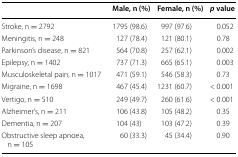
<table><thead><tr><td></td><td><b>Male, n (%)</b></td><td><b>Female, n (%)</b></td><td><b><i>p</i> value</b></td></tr></thead><tbody><tr><td>Stroke, n = 2792</td><td>1795 (98.6)</td><td>997 (97.6)</td><td>0.052</td></tr><tr><td>Meningitis, n = 248</td><td>127 (78.4)</td><td>121 (80.1)</td><td>0.78</td></tr><tr><td>Parkinson’s disease, n = 821</td><td>564 (70.8)</td><td>257 (62.1)</td><td>0.002</td></tr><tr><td>Epilepsy, n = 1402</td><td>737 (71.3)</td><td>665 (65.1)</td><td>0.003</td></tr><tr><td>Musculoskeletal pain, n = 1017</td><td>471 (59.1)</td><td>546 (58.3)</td><td>0.73</td></tr><tr><td>Migraine, n = 1698</td><td>467 (45.4)</td><td>1231 (60.7)</td><td>&lt; 0.001</td></tr><tr><td>Vertigo, n = 510</td><td>249 (49.7)</td><td>260 (61.6)</td><td>&lt; 0.001</td></tr><tr><td>Alzheimer’s, n = 211</td><td>106 (43.8)</td><td>105 (48.2)</td><td>0.35</td></tr><tr><td>Dementia, n = 207</td><td>104 (43)</td><td>103 (47.2)</td><td>0.39</td></tr><tr><td>Obstructive sleep apnoea, n = 105</td><td>60 (33.3)</td><td>45 (34.4)</td><td>0.90</td></tr></tbody></table>